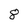
Character: 8